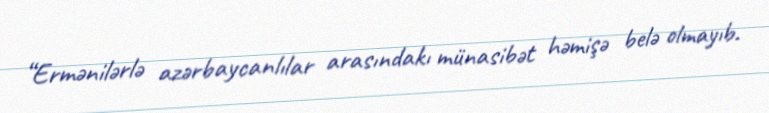
“Ermənilərlə azərbaycanlılar arasındakı münasibət həmişə belə olmayıb.